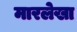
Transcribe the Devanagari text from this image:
मारलेखा